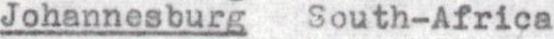
Johannesburg  South-Africa